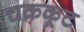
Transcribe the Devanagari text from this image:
चक्रकूट